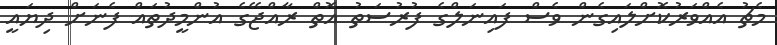
މެޗު އެއްވަރުކޮށްލައިގެން ވެސް ފައިނަލްގެ ފުރުސަތު އޮތް ރާއްޖޭގެ އުންމީދުތައް ފެނަށް ދިޔައީ